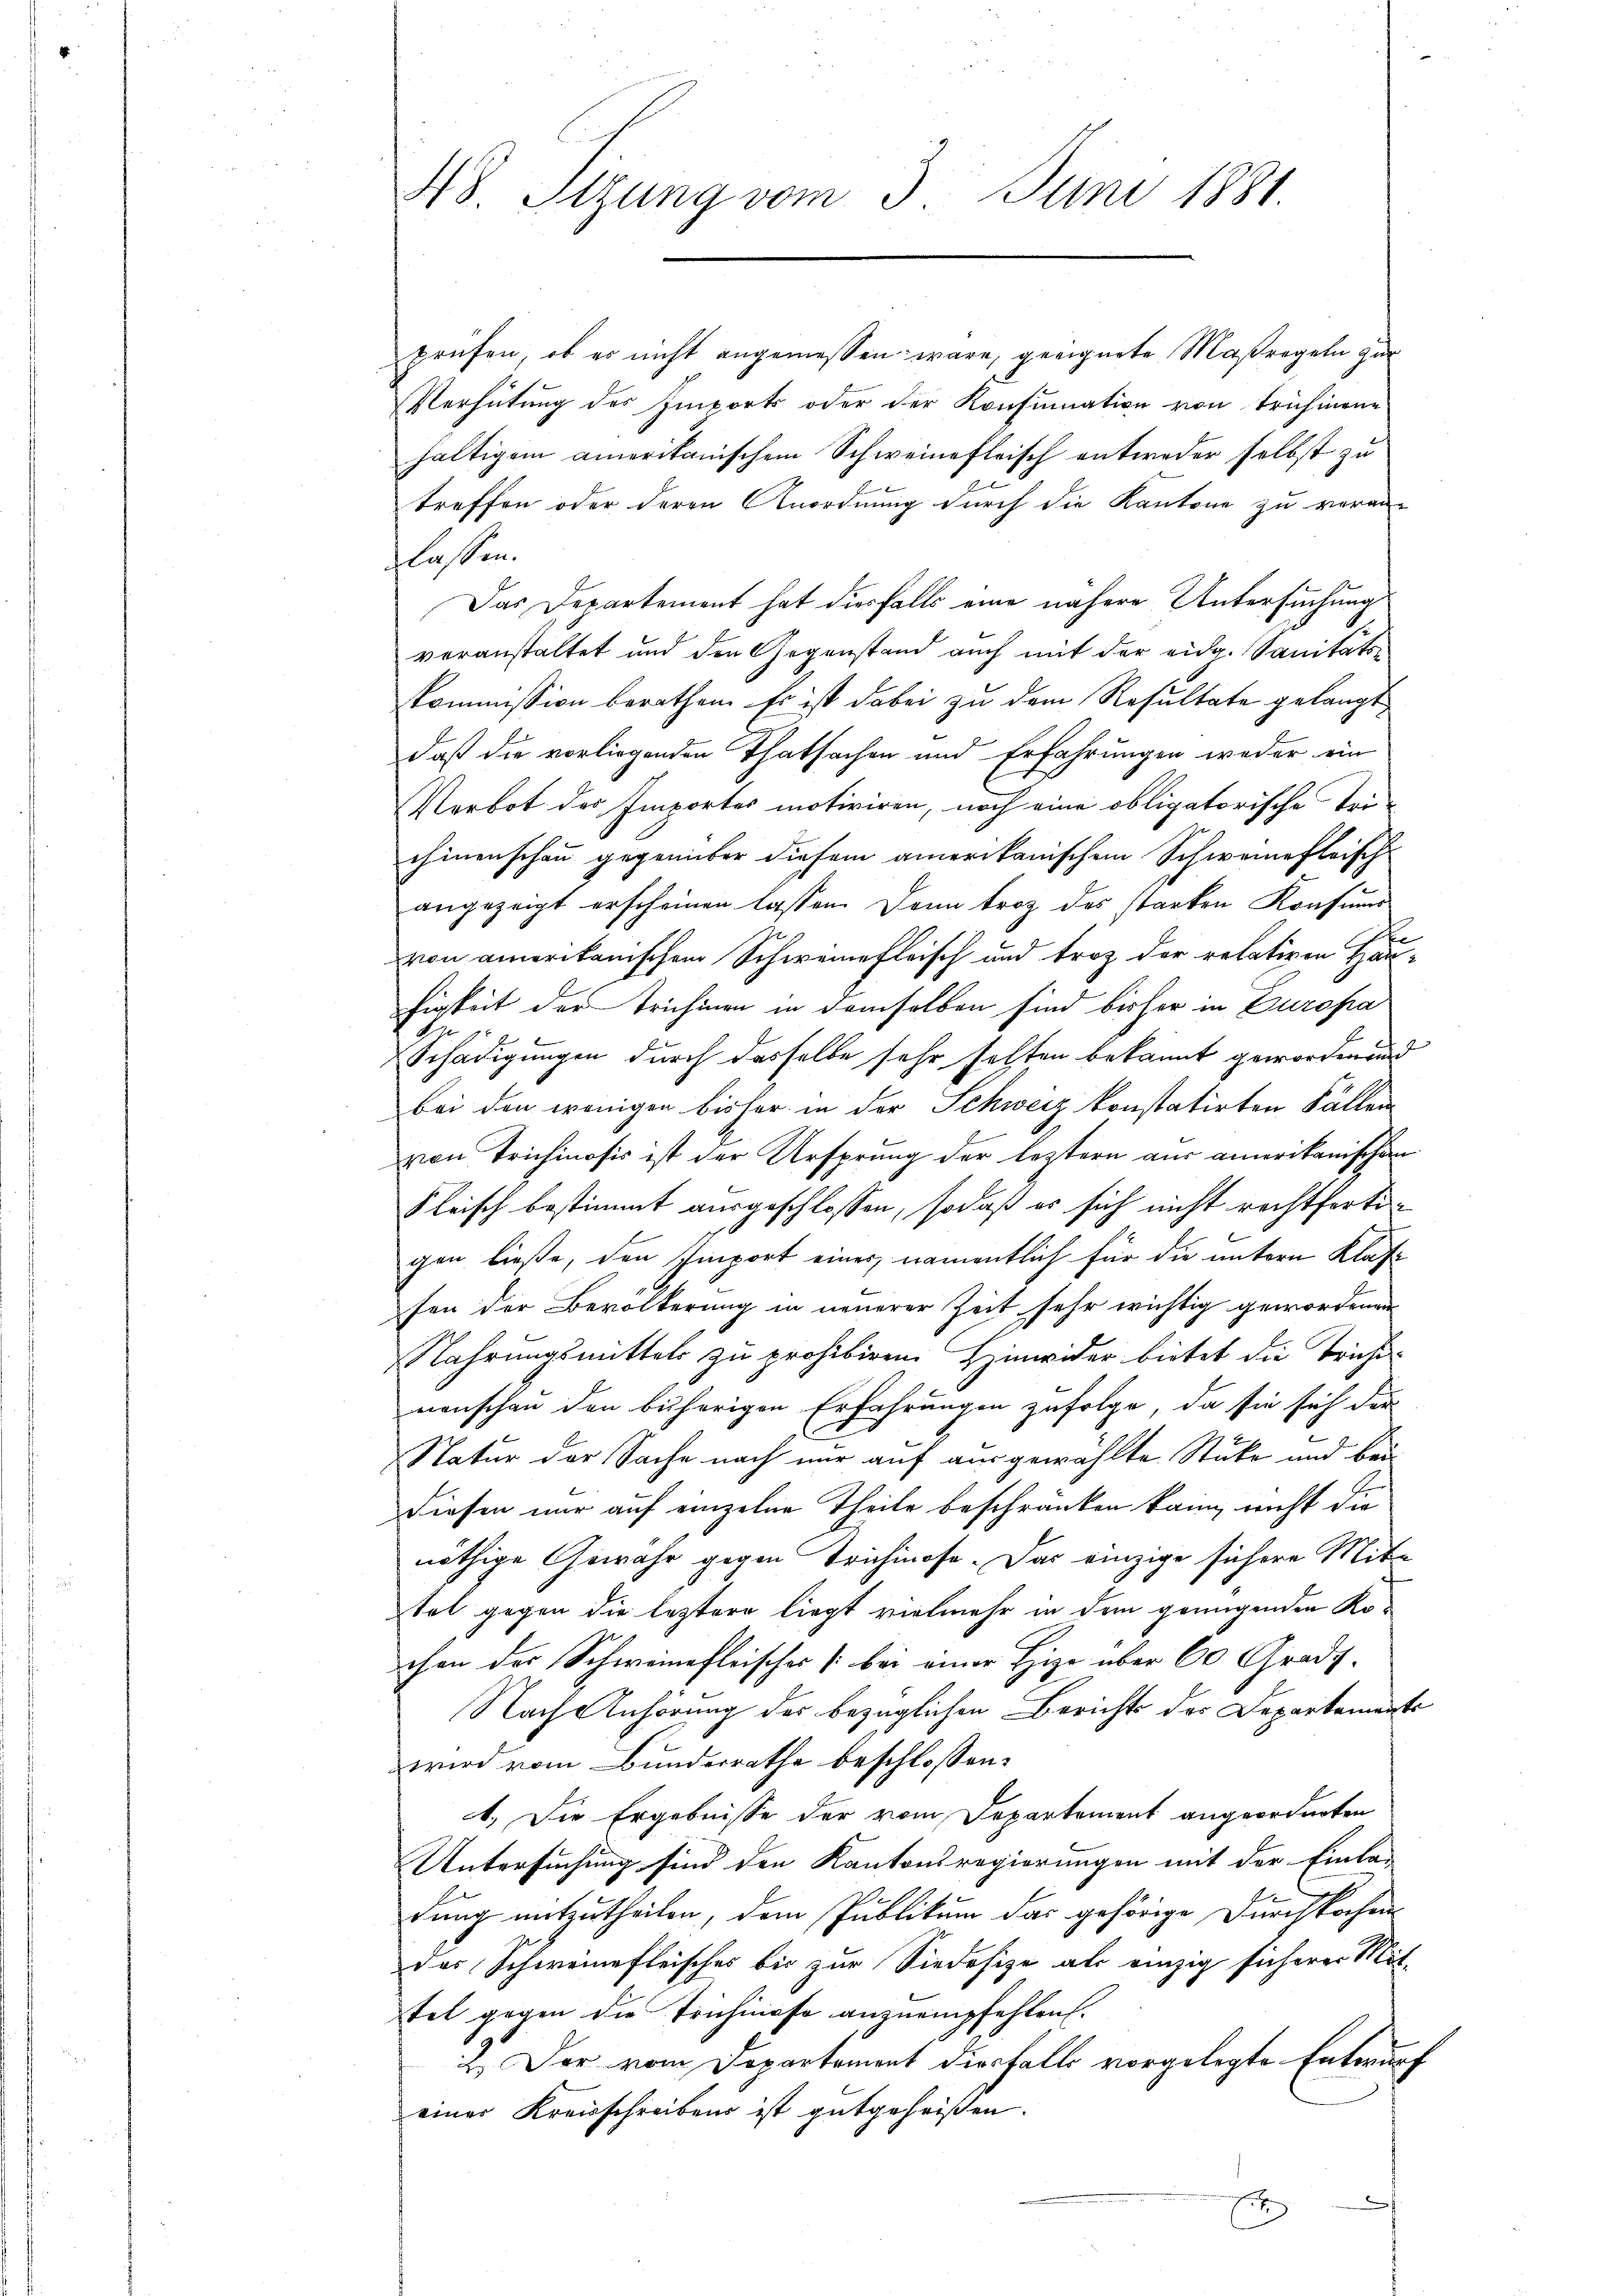
48. Stzung vom 3. Juni 1881.

prüfen, ob es nicht angemessen wäre, geeignete Maßregeln zur
Verhütung des Emport oder der Konsumation von Trichiene
haltigen amerikanischem Schweinefleisch entweder selbst zu
treffen oder deren Anordnung durch die Kantone zu veran-
flossen.
Das Departement hat diesfalls eine nähere Untersuchung
veranstaltet und den Gegenstand auch mit der eidg. Sanitätskommission berathen. Es ist dabei zu dem Resultate gelangt
daß die vorliegenden Thatsachen und Erfahrungen weder ein
Verbot des Emportes motiviren, noch eine obligatorische Tri-
chinenschau gegenüber diesem amerikanischem Schweinefleisch
angezeigt erscheinen lassen. Dann trotz des starken Konsums
von amerikanischen Schweinefleisch und traz der relativen Hau-
higkeit der Trichinen in demselben sind bisher in Europa
H 15 x
Schädigungen durch dasselbe sehr selten bekannt geworden und
bei den wenigen bisher in der Schweiz konstatirten Fällen
von Trichinosis ist der Ursprung der leztern aus amerikanischen
Fleisch bestimmt ausgeschlossen, sodaß es sich nicht rechtfertigen ließe, den Emport eines, namentlich für die untern Klas
fen der Bevölkerung in neuerer Zeit sehr wichtig gewordenen
Nahrungsmittels zu prohibiren. Hinwider bietet die Trüchi-
nenschen den bisherigen Erfahrungen zufolge, da sie sich der
Natur der Sache nach nur auf ausgewählte Stüke und bei
Diesen nur auf einzelne Theile beschränken kann, nicht die
nöthige Gewahr gegen Trichinose. Das einzige sichere Mit-
tat gegen die leztere liegt vielmehr in dem genügenden Kochen des Schweinefleisches [bei einer Hize über 60 Grade.
Nach Anhörung des bezüglichen Berichts des Departements
wird vom Bundesrathe beschlossen:
1.) Die Ergebnisse der vom Departement angeordneten
Untersuchung sind den Kantonsregierungen mit der Einla-
dung mitzutheilen, dem Publikum das gehörige Durchkochen
das Schweinefleisches bis zur Siedesize als einzig sicherer Mit-
tel gegen die Trichinoso anzuempfehlen.
1
2. Der vom Departement die falls vorgelegte Entwurf
einer Kreisschreibens ist gutgeheißen.
E